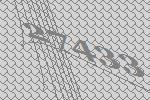
27433